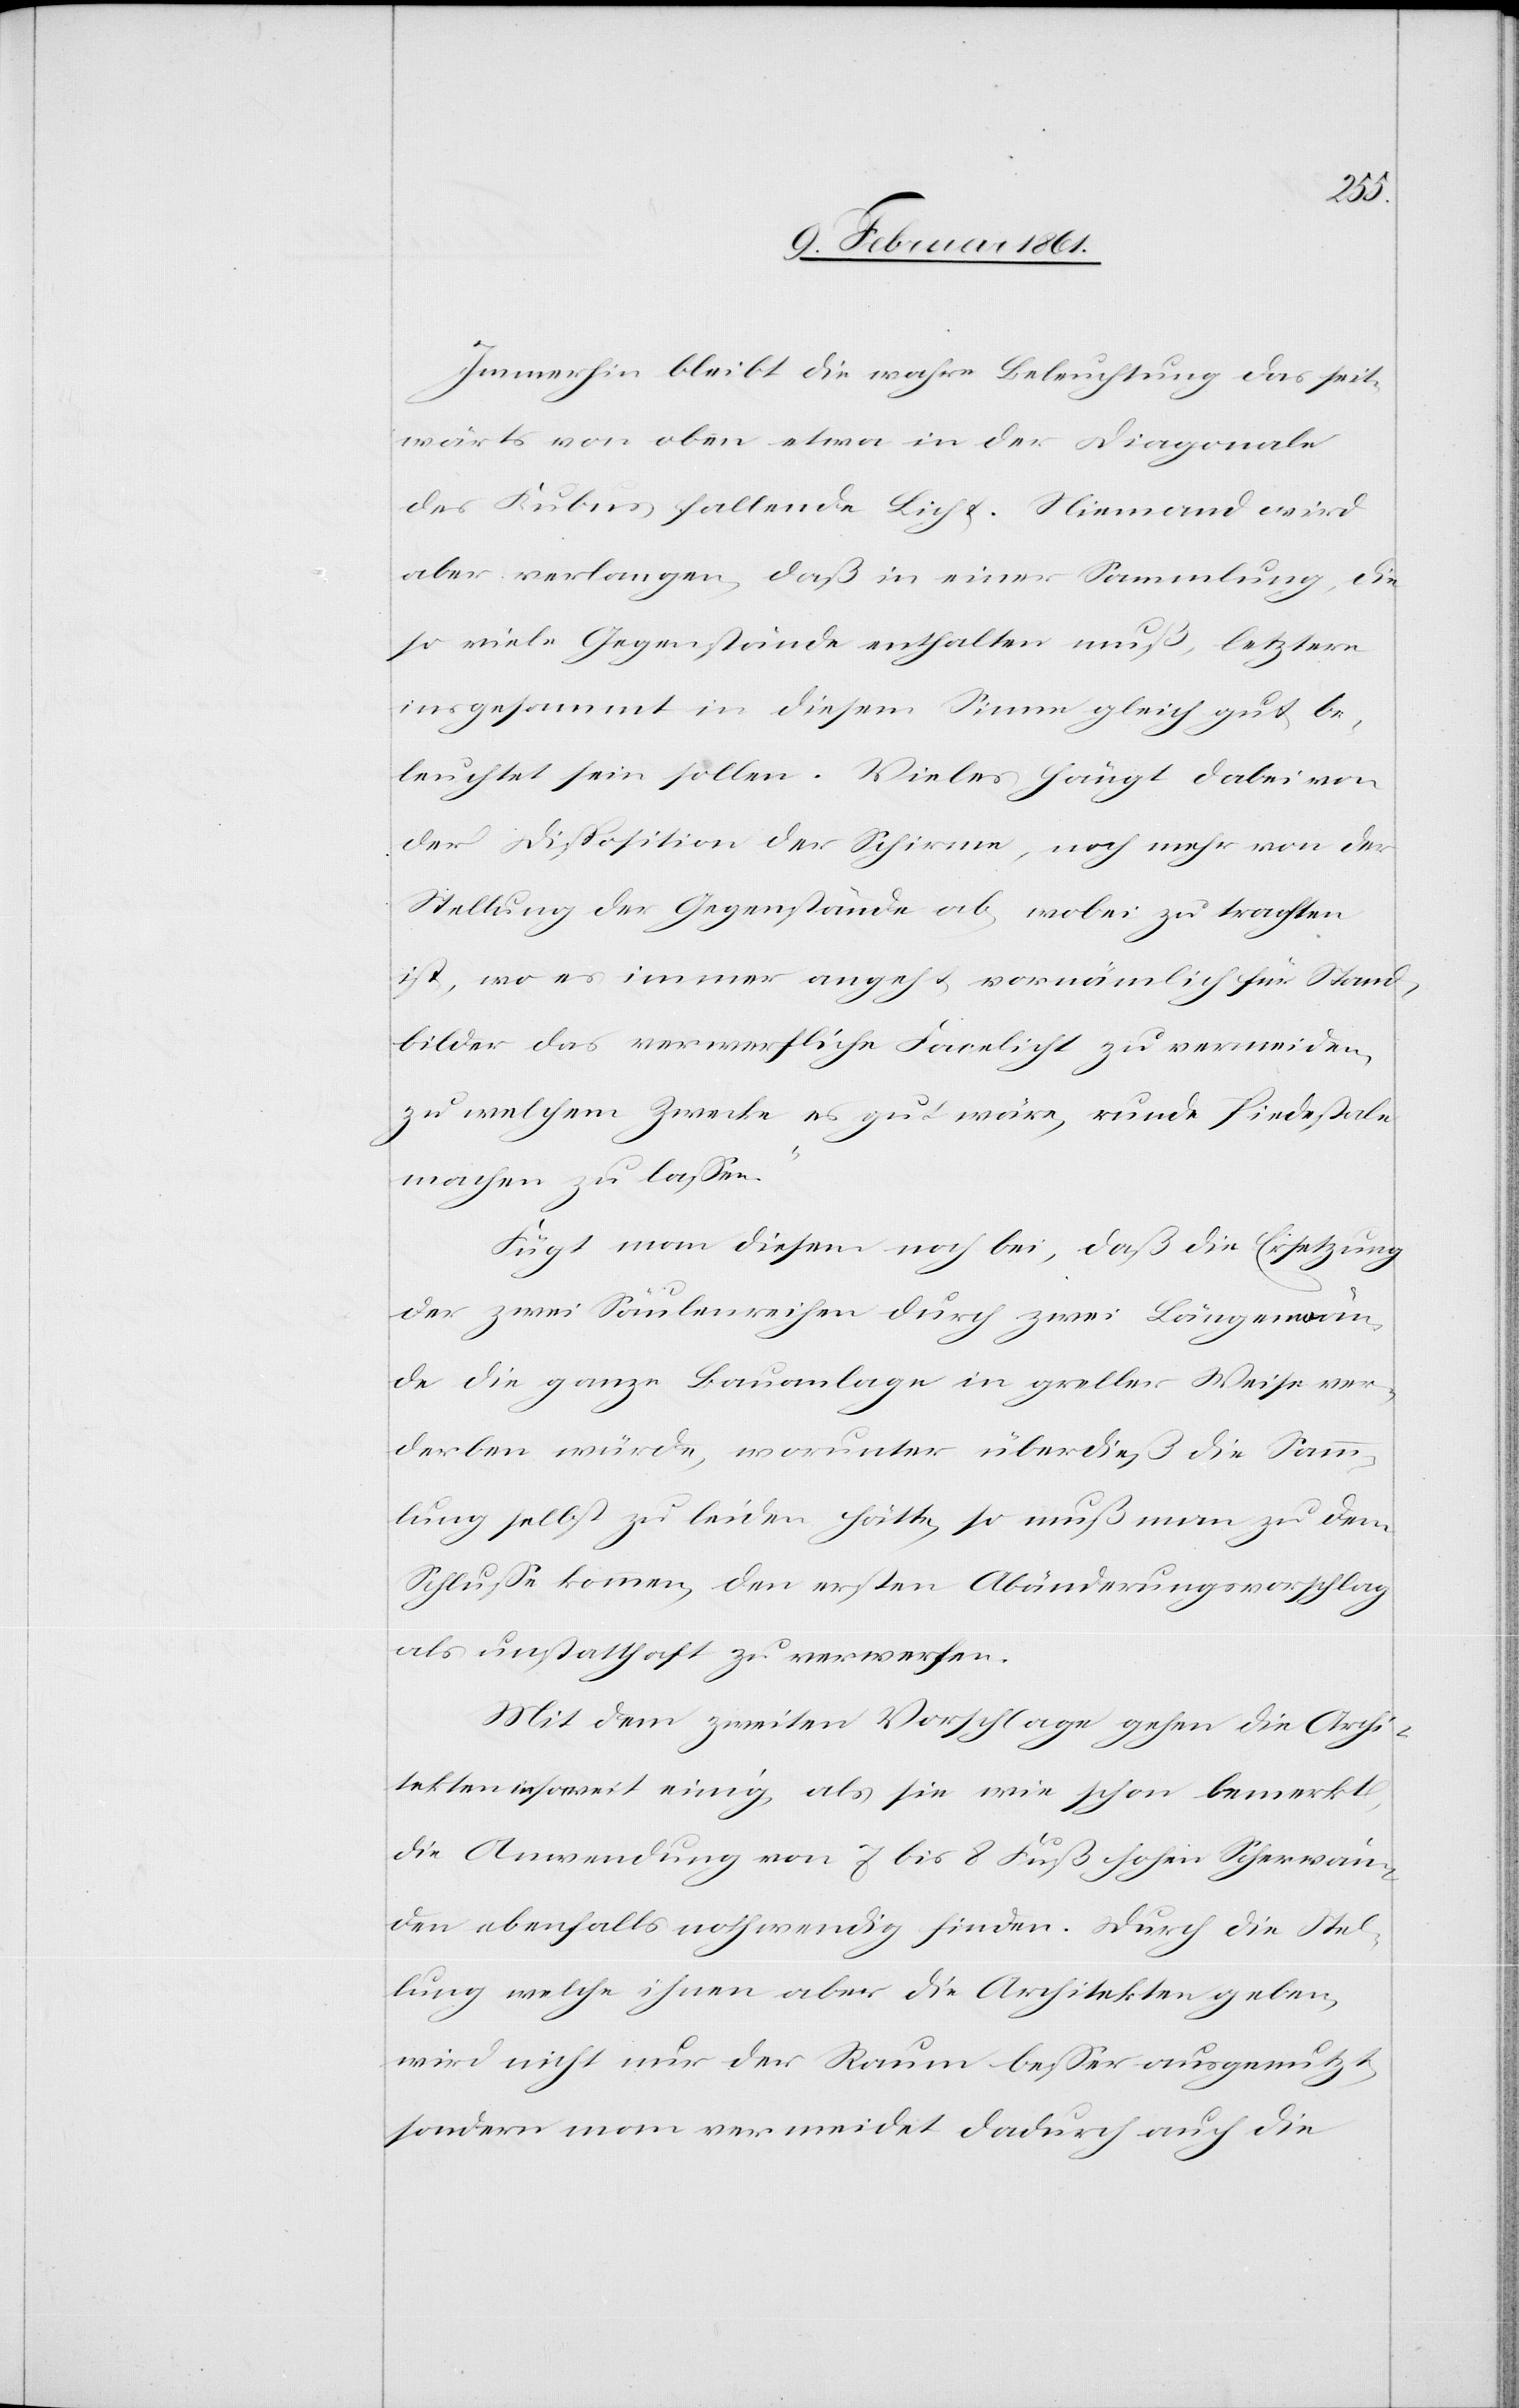
Immerhin bleibt die wahre Beleuchtung das seit¬
wärts von oben etwa in der Diagonale
des Kubus fallende Licht. Niemand wird
aber verlangen, daß in einer Sammlung, die
so viele Gegenstände enthalten muß, letztere
insgesammt in diesem Sinne gleich gut be¬
leuchtet sein sollen. Vieles hängt dabei von
der Disposition der Schirme, noch mehr von der
Stellung der Gegenstände ab, wobei zu trachten
ist, wo es immer angeht, vornämlich für Stand¬
bilder das Verwerfliche Facelicht zu vermeiden,
zu welchem Zwecke es gut wäre, runde Piedestale
machen zu lassen.“
Fügt man diesem noch bei, daß die Ersetzung
der zwei Säulenreihen durch zwei Längenwän¬
de die ganze Bauanlage in greller Weise ver¬
derben würde, worunter überdieß die Samm¬
lung selbst zu leiden hätte, so muß man zu dem
Schlusse kommen, den ersten Abänderungsvorschlag
als unstatthaft zu verwerfen.
Mit dem zweiten Vorschlage gehen die Archi¬
tekten insoweit einig, als sie wie schon bemerkt,
die Anwendung von 7 bis 8 Fuß hohen Scherwän¬
den ebenfalls nothwendig finden. Durch die Stel¬
lung welche ihnen aber die Architekten geben,
wird nicht nur der Raum besser ausgenutzt,
sondern man vermeidet dadurch auch die